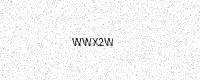
Text: WWX2W